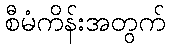
စီမံကိန်းအတွက်